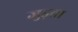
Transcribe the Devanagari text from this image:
जुड्ता